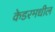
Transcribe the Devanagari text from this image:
केडरमधील